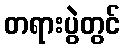
တရားပွဲတွင်